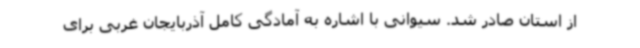
از استان صادر شد. سیوانی با اشاره به آمادگی کامل آذربایجان غربی برای